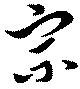
宗